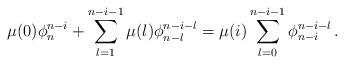
LaTeX: \begin{align*} \mu(0) \phi_{n}^{n-i} + \sum_{l=1}^{n-i-1} \mu(l) \phi_{n-l}^{n-i-l} = \mu(i) \sum_{l=0}^{n-i-1} \phi_{n-i}^{n-i-l}\,. \end{align*}